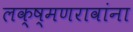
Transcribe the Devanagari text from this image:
लक्ष्मणरावांना